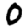
Digit: 0